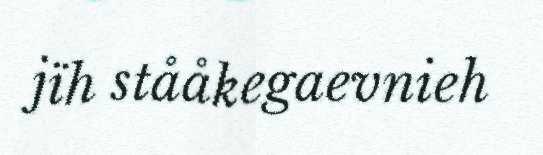
jïh stååkegaevnieh